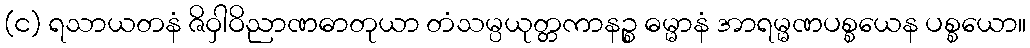
(င) ရသာယတနံ ဇိဝှါဝိညာဏဓာတုယာ တံသမ္ပယုတ္တကာနဉ္စ ဓမ္မာနံ အာရမ္မဏပစ္စယေန ပစ္စယော။